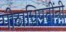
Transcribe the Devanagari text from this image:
पीठाधिपतींनी